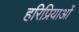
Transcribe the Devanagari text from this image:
हरिप्रियाओं